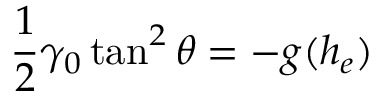
\frac { 1 } { 2 } \gamma _ { 0 } \tan ^ { 2 } \theta = - g ( h _ { e } )